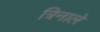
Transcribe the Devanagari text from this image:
त्रिनाले